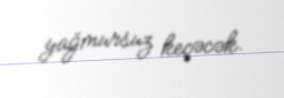
yağmursuz keçəcək.